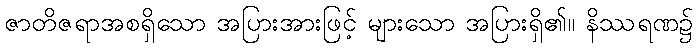
ဇာတိဇရာအစရှိသော အပြားအားဖြင့် များသော အပြားရှိ၏။ နိဿရဏ၌